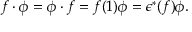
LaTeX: f \cdot \phi = \phi \cdot f = f ( 1 ) \phi = \epsilon ^ { * } ( f ) \phi .